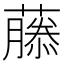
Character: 𬞳